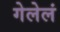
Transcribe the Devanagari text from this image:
गेलेलं